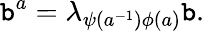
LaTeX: \mathtt{b}^{a}=\lambda_{\psi(a^{-1})\phi(a)}\mathtt{b}.